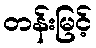
တန်းမြင့်